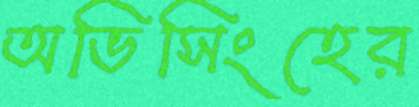
অভিসিংহের